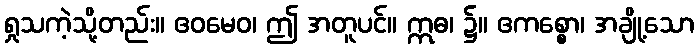
ရှုသကဲ့သို့တည်း။ ဧဝမေဝ၊ ဤ အတူပင်။ ဣဓ၊ ၌။ ဧကစ္စော၊ အချို့သော